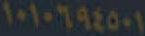
١٠١٠٦٩٤٥٠١